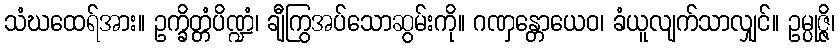
သံဃထေရ်အား။ ဥက္ခိတ္တံပိဏ္ဍံ၊ ချီကြွအပ်သောဆွမ်းကို။ ဂဏှန္တောယေဝ၊ ခံယူလျက်သာလျှင်။ ဥမ္ပုဇ္ဇိ၊